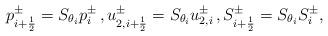
LaTeX: \begin{align*}p^{\pm}_{i+\frac12}=S_{\theta_i}p^\pm_i\,,u^{\pm}_{2,i+\frac{1}{2}}=S_{\theta_i}u^{\pm}_{2,i}\,,S^{\pm}_{i+\frac{1}{2}}=S_{\theta_i}S^{\pm}_i,\end{align*}